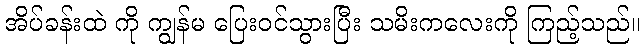
အိပ်ခန်းထဲ ကို ကျွန်မ ပြေးဝင်သွားပြီး သမိးကလေးကို ကြည့်သည်။